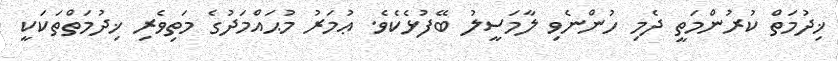
ޚިދުމަތް ކުރުންމަތީ ދެމި ހުންނެވި ލާމަސީލު ބޭފުޅެކެވެ. ޢުމަރު މުޙައްމަދުގެ މަތިވެރި ޚިދުމަތްތަކަކީ